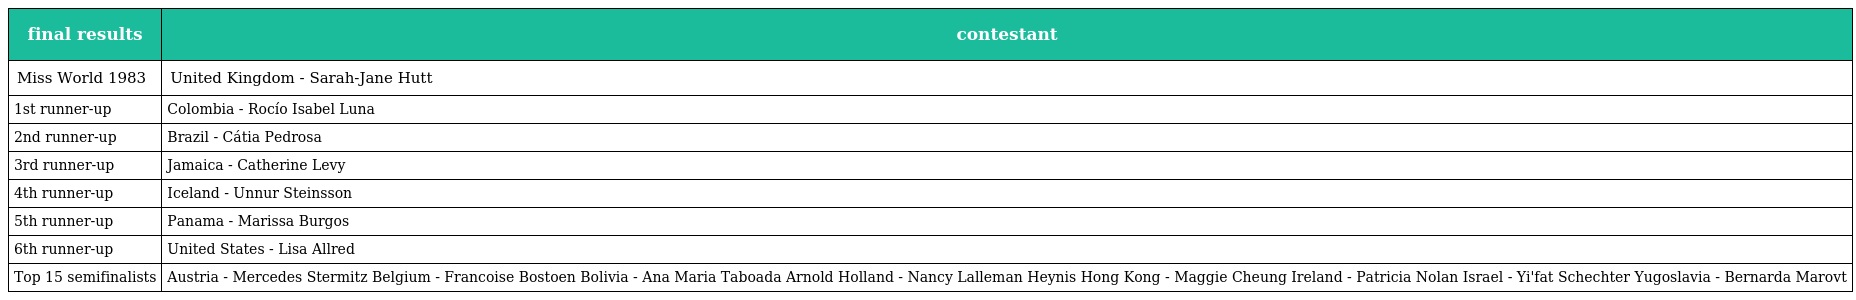
| final results | contestant |
 | --- | --- |
 | Miss World 1983 | United Kingdom - Sarah-Jane Hutt |
 | 1st runner-up | Colombia - Rocío Isabel Luna |
 | 2nd runner-up | Brazil - Cátia Pedrosa |
 | 3rd runner-up | Jamaica - Catherine Levy |
 | 4th runner-up | Iceland - Unnur Steinsson |
 | 5th runner-up | Panama - Marissa Burgos |
 | 6th runner-up | United States - Lisa Allred |
 | Top 15 semifinalists | Austria - Mercedes Stermitz Belgium - Francoise Bostoen Bolivia - Ana Maria Taboada Arnold Holland - Nancy Lalleman Heynis Hong Kong - Maggie Cheung Ireland - Patricia Nolan Israel - Yi'fat Schechter Yugoslavia - Bernarda Marovt |